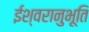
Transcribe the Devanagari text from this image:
ईश्वरानुभूति